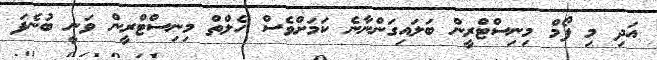
އަދި މި ފޯމް މިނިސްޓްރީން ބަލައިގަންނާނެ ކަމަށްވެސް ހެލްތް މިނިސްޓްރީން ވަނީ ބުނެފަ